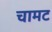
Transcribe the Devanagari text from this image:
चामट